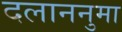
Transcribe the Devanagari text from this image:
दलाननुमा